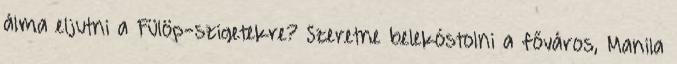
álma eljutni a Fülöp-szigetekre? Szeretne belekóstolni a főváros, Manila